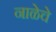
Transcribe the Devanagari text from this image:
नाळेचे